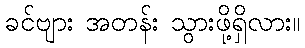
ခင်ဗျား အတန်း သွားဖို့ရှိလား။